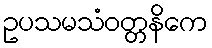
ဥပသမသံဝတ္တနိကေ